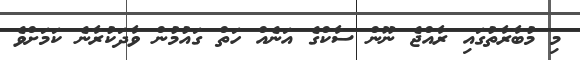
މި މުބާރާތުގައި ރާއްޖެ ނޫން ސާކްގެ އަނެއް ހަތް ގައުމުން ވާދަކުރާނެ ކަމަށްވެ